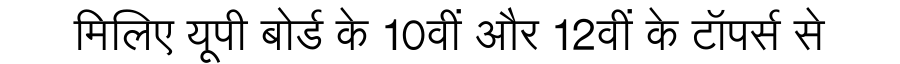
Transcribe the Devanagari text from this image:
मिलिए यूपी बोर्ड के 10वीं और 12वीं के टॉपर्स से